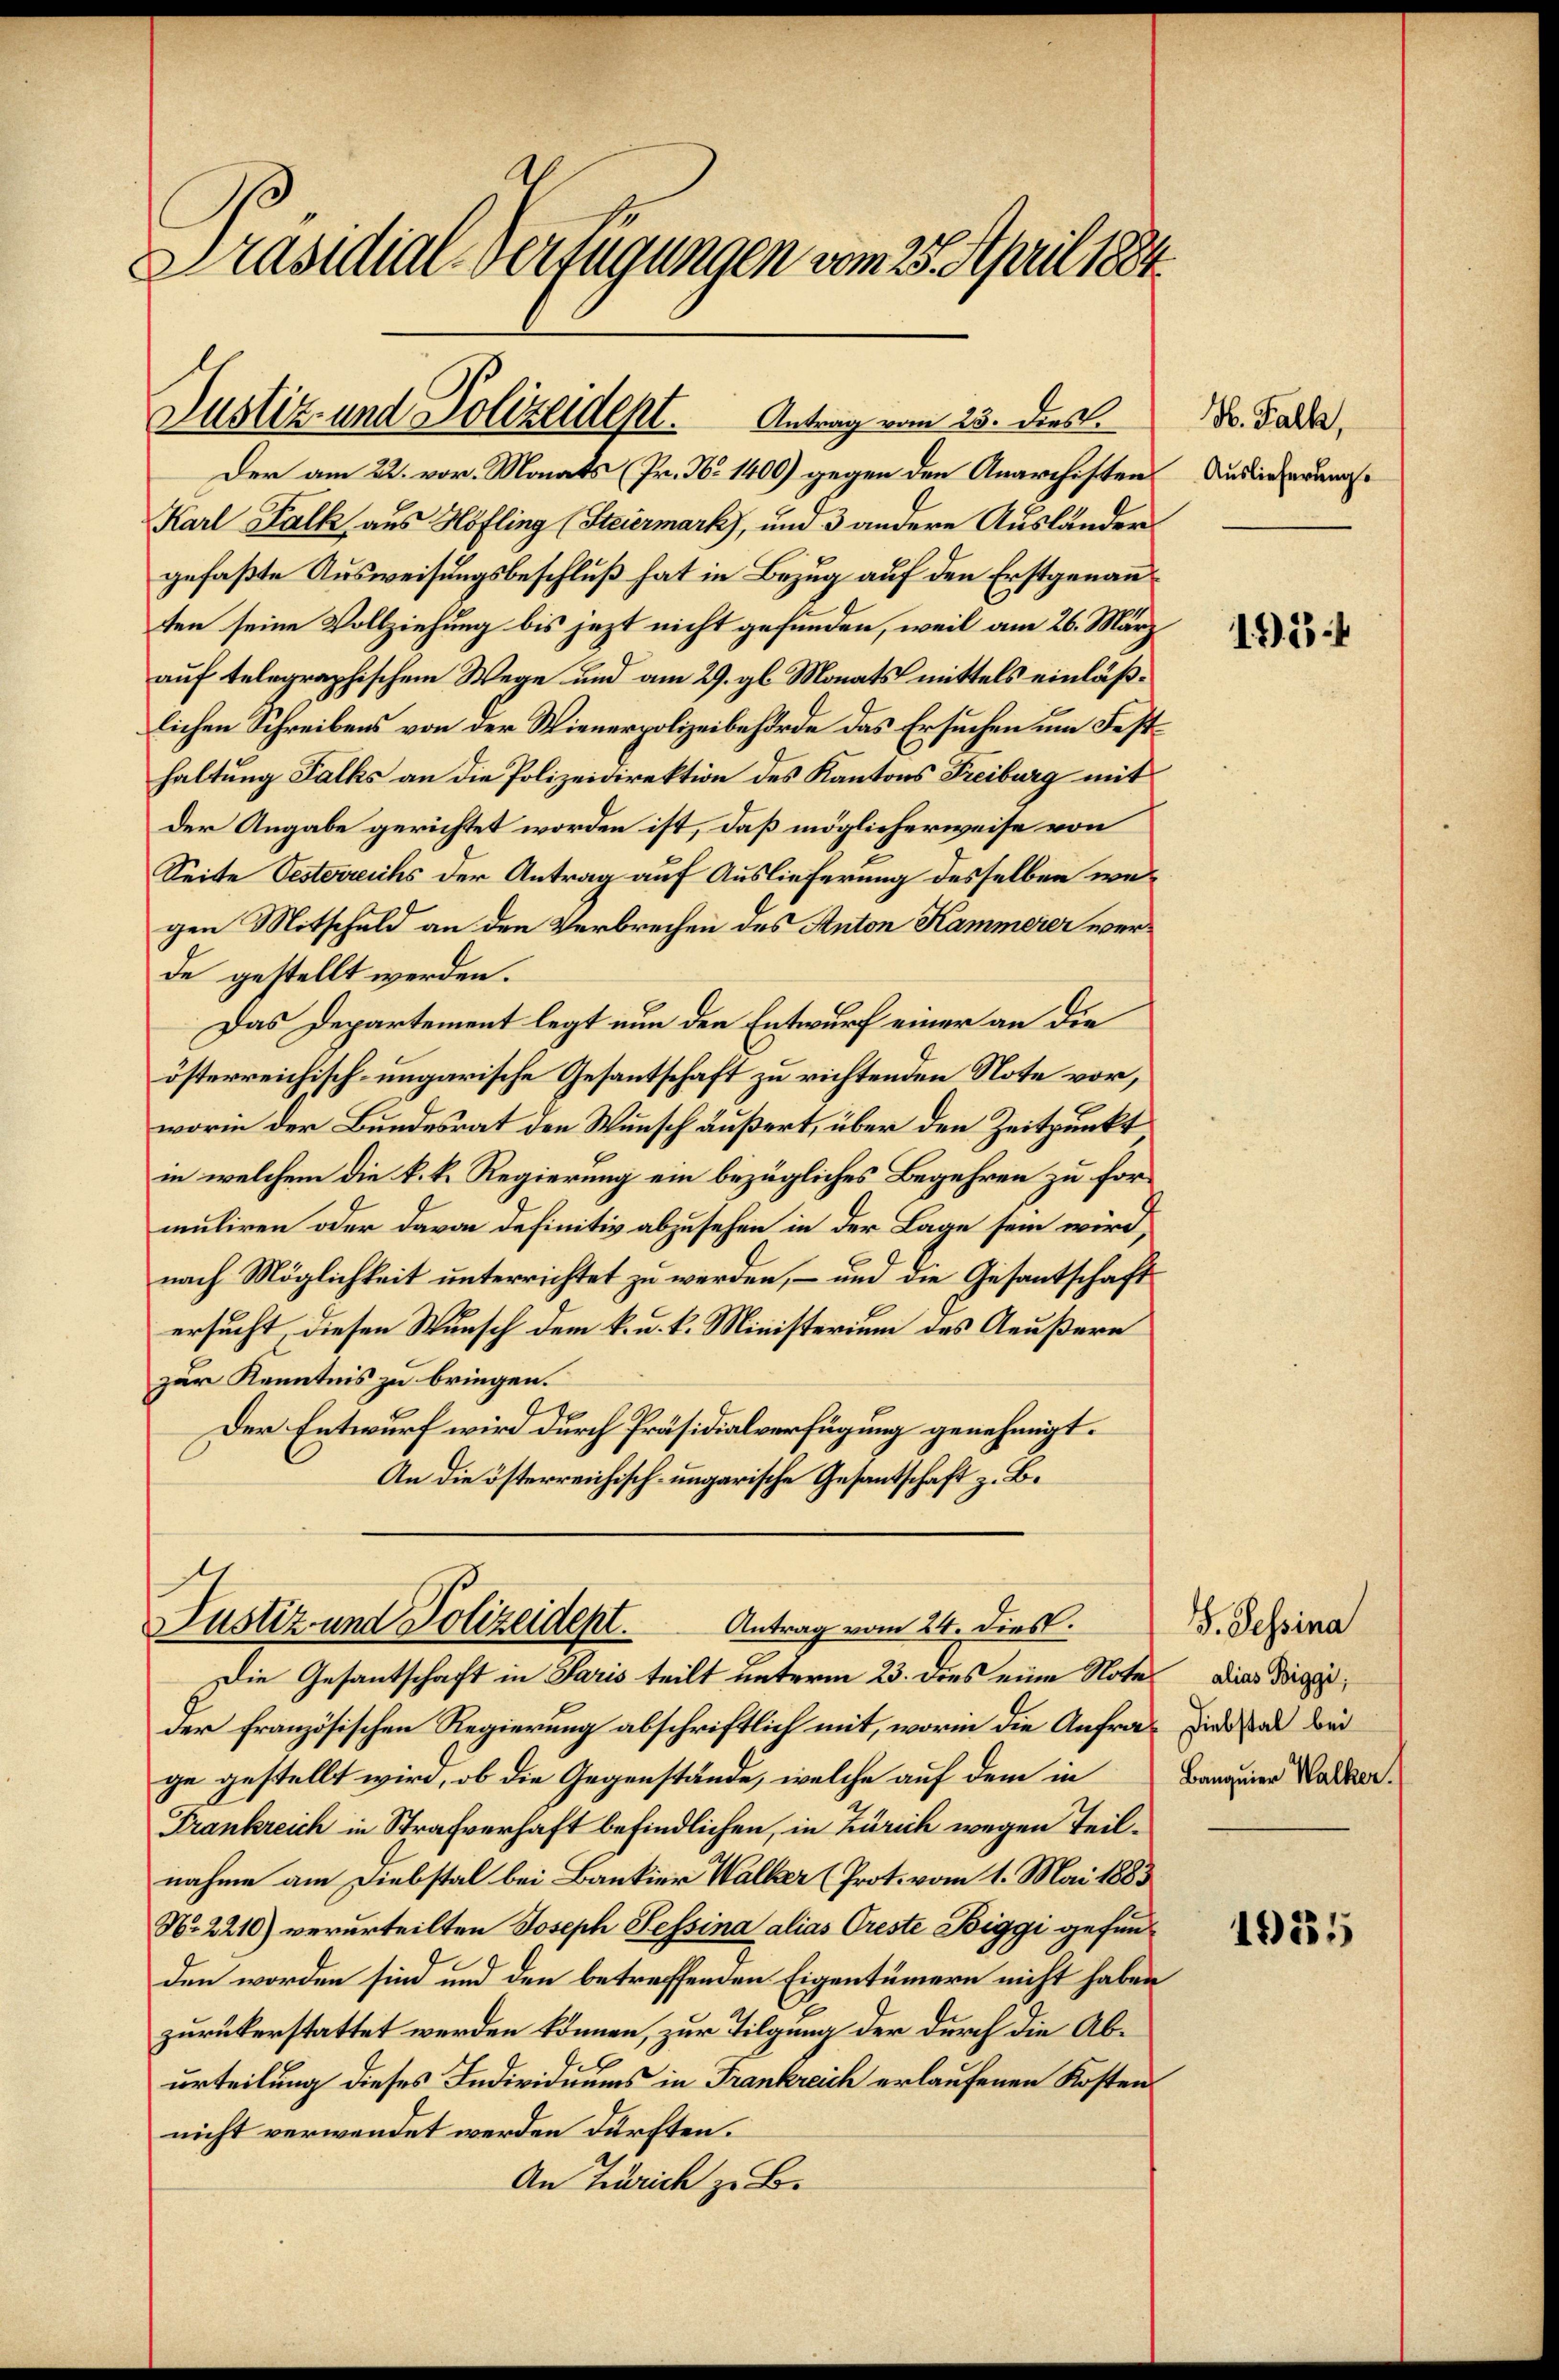
Präsidial-Verfügungen vom 25. April 1884

Justiz- und Polizeidept. Antrag vom 23. dies.

Antrag vom 24. dies.
Justiz und Polizeidept.

Der am 22. vor. Monats (Fr. No 1400) gegen den Anarchisten
Karl Kalk aus Höfling (Steiermark), und 3 andere Ausländer
gefaßte Ausweisungsbeschluß hat in Bezug auf den Erstgenannten seine Vollziehung bis jezt nicht gefunden, weil am 26. März
auf telegraphischem Wege und am 29. gl. Monats mittels einläßlichen Schreibens von der Wienerpolizeibehörde das Ersuchen um Festhaltung Falks an die Polizeidirektion des Kantons Freiburg mit
der Angabe gerichtet worden ist, daß möglicherweise von
Seite Oesterreichs der Antrag auf Auslieferung desselben wegen Mitschuld an den Verbrechen des Anton Kammerer werde gestellt werden.
Das Departement legt nun den Entwurf einer an die
österreichisch-ungarische Gesantschaft zu richtenden Note vor,
worin der Bundesrat den Wunsch äußert, über den Zeitpunkt
in welchem die k. k. Regierung ein bezügliches Begehren zu formuliren oder davon definitiv abzusehen in der Lage sein wird,
nach Möglichkeit unterrichtet zu werden, – und die Gesantschaft
ersucht, diesen Wunsch dem k. u. k. Ministerium des Aeußern
zur Kenntnis zu bringen.
2
Der Entwurf wird durch Präsidialverfügung genehmigt.
An die österreichisch-ungarische Gesantschaft z. B.

Die Gesantschaft in Paris teilt unterm 23. dies eine Note dies dageder französischen Regierung abschriftlich mit, worin die Anfra¬ sind ad bei
ge gestellt wird, ob die Gegenstände, welche auf dem in
Frankreich in Strafverhaft befindlichen, in Zürich wegen Teilnahme am Diebstal bei Bankier Walker (Prot. vom 1. Mai 1883
No. 2216) verurteilten Joseph Sessina alias Creste Biggi gefun
den worden sind und den betreffenden Eigentümern nicht haben
zurükerstattet werden können, zur Tilgung der durch die Aburteilung dieses Individuums in Frankreich erlaufenen Kosten
nicht verwendet werden dürften.
An Zürich zu B.

H. Falk,
Auslieferung.

1951

G. Sessina
Banquier Walker.

1231